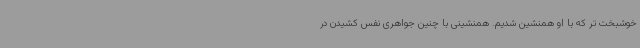
خوشبخت تر که با او همنشین شدیم. همنشینی با چنین جواهری نفس کشیدن در